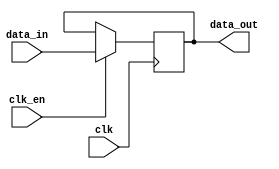
module tdl_da_lc (clk, clk_en, data_in, data_out );

parameter WIDTH = 8;

input clk, clk_en;
input  [WIDTH-1:0] data_in;
output [WIDTH-1:0] data_out;

reg  [WIDTH-1:0] data_out;

always @(posedge clk)
begin
  if (clk_en == 1'b1)   data_out <= data_in;
end

endmodule